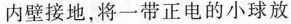
内壁接地，将一带正电的小球放